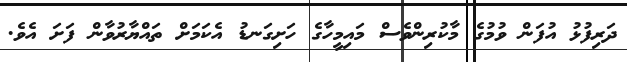
ދަރިފުޅު އުފަން ވުމުގެ މާކުރިންވެސް މައިމީހާގެ ހަށިގަނޑު އެކަމަށް ތައްޔާރުވާން ފަށަ އެވެ.